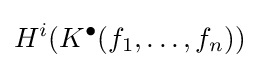
H^{i}(K^{\bullet }(f_{1},\ldots ,f_{n}))